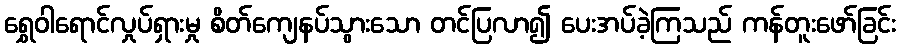
ရွှေဝါရောင်လှုပ်ရှားမှု စိတ်ကျေနပ်သွားသော တင်ပြလာ၍ ပေးအပ်ခဲ့ကြသည် ကန်တူးဖော်ခြင်း